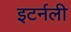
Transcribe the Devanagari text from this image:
इटर्नली